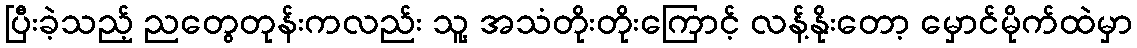
ပြီးခဲ့သည့် ညတွေတုန်းကလည်း သူ့ အသံတိုးတိုးကြောင့် လန့်နိုးတော့ မှောင်မိုက်ထဲမှာ